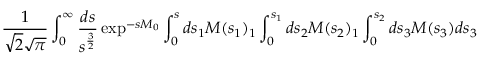
\frac { 1 } { \sqrt { 2 } \sqrt { \pi } } \int _ { 0 } ^ { \infty } \frac { d s } { s ^ { \frac { 3 } { 2 } } } \exp ^ { - s M _ { 0 } } \int _ { 0 } ^ { s } d s _ { 1 } M ( s _ { 1 } ) _ { 1 } \int _ { 0 } ^ { s _ { 1 } } d s _ { 2 } M ( s _ { 2 } ) _ { 1 } \int _ { 0 } ^ { s _ { 2 } } d s _ { 3 } M ( s _ { 3 } ) d s _ { 3 }